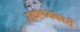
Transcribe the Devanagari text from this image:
स्वस्थ्यकारी